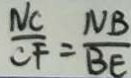
\frac { N C } { C F } = \frac { N B } { B E }